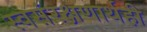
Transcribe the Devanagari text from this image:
स्वसंरक्षणार्थही